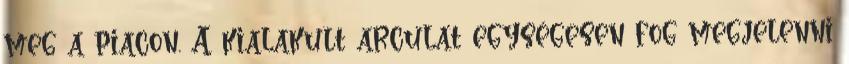
meg a piacon. A kialakult arculat egységesen fog megjelenni